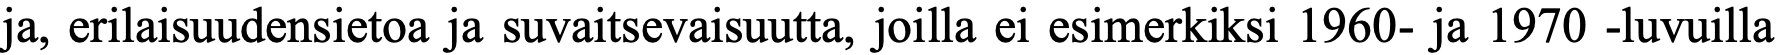
ja, erilaisuudensietoa ja suvaitsevaisuutta, joilla ei esimerkiksi 1960- ja 1970 -luvuilla